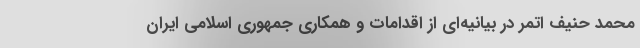
محمد حنیف اتمر در بیانیه‌ای از اقدامات و همکاری جمهوری اسلامی ایران